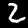
Label: 2